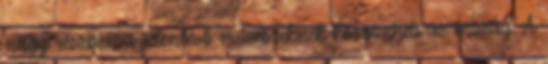
nagy részben a jelenlévő művészeknek köszönheti az ország. A